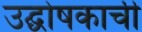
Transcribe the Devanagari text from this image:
उद्घोषकाची